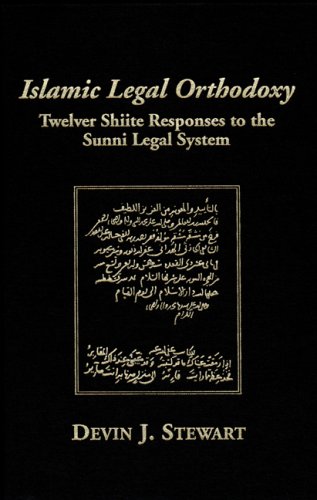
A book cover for Islamic Legal Orthodoxy: Twelver Shiite Responses to the Sunni Legal System; Devin J Stewart; Religion & Spirituality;